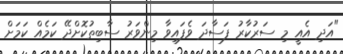
"އަދި އެއީ މި ސަރުކާރު ފަސާދަ ވެފައިވާ މިންވަރު ސާބިތުކޮށްދޭ ކަމެއް ކަމަށް